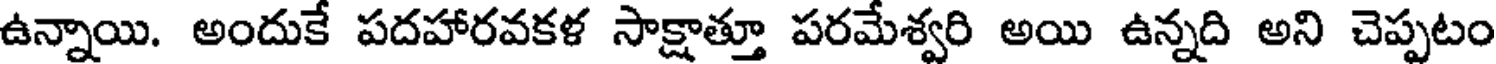
ఉన్నాయి. అందుకే పదహారవకళ సాక్షాత్తూ పరమేశ్వరి అయి ఉన్నది అని చెప్పటం